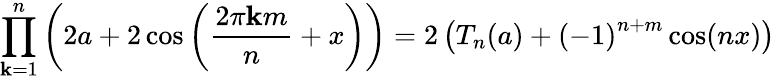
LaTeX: \prod_{\mathbf{k}=1}^{n}\left(2a+2\cos\left({\frac{{2\pi\mathbf{k}m}}{{n}}}+x\right)\right)=2\left(T_{n}(a)+{(-1)}^{n+m}\cos(nx)\right)